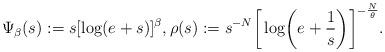
LaTeX: \begin{align*}\Psi_\beta(s):=s[\log (e+s)]^\beta,\rho(s):=s^{-N}\biggr[\log\biggr(e+\frac{1}{s}\biggr)\biggr]^{-\frac{N}{\theta}}. \end{align*}